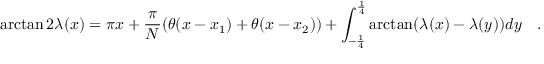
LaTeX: \arctan 2 \lambda ( x ) = \pi x + \frac { \pi } { N } ( \theta ( x - x _ { 1 } ) + \theta ( x - x _ { 2 } ) ) + \int _ { - \frac { 1 } { 4 } } ^ { \frac { 1 } { 4 } } \arctan ( \lambda ( x ) - \lambda ( y ) ) d y \quad .